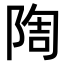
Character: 𨺃